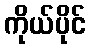
ကိုယ်ပိုင်